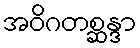
အဝိဂတစ္ဆန္ဒာ